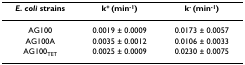
<table><thead><tr><td><b><i>E. coli </i>strains</b></td><td><b>k<sup>+ </sup>(min<sup>-1</sup>)</b></td><td><b>k<sup>- </sup>(min<sup>-1</sup>)</b></td></tr></thead><tbody><tr><td>AG100</td><td>0.0019 ± 0.0009</td><td>0.0173 ± 0.0057</td></tr><tr><td>AG100A</td><td>0.0035 ± 0.0012</td><td>0.0106 ± 0.0033</td></tr><tr><td>AG100<sub>TET</sub></td><td>0.0025 ± 0.0009</td><td>0.0230 ± 0.0075</td></tr></tbody></table>